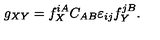
g _ { X Y } = f _ { X } ^ { i A } C _ { A B } \varepsilon _ { i j } f _ { Y } ^ { j B } .